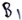
Text: B1